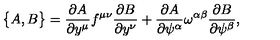
\bigl \{ A , B \bigr \} = { \frac { \partial A } { \partial y ^ { \mu } } } f ^ { \mu \nu } { \frac { \partial B } { \partial y ^ { \nu } } } + { \frac { \partial A } { \partial \psi ^ { \alpha } } } \omega ^ { \alpha \beta } { \frac { \partial B } { \partial \psi ^ { \beta } } } ,